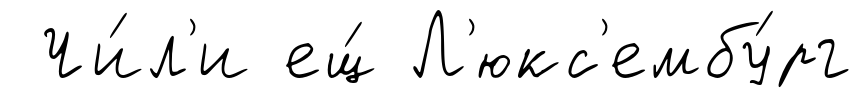
Чи́л'и ещ́ Л'юкс'ембу́рг